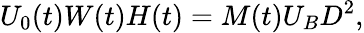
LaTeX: U_{0}(t)W(t)H(t)=M(t)U_{B}D^{2},